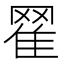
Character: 𦋜